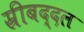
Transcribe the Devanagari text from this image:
स्रीबद्दल